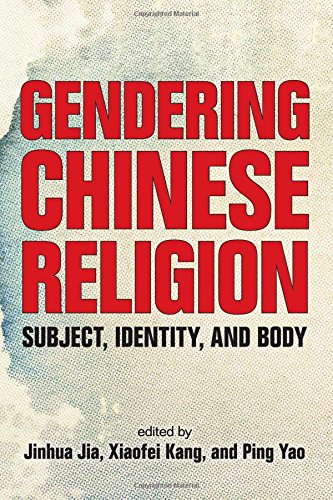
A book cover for Gendering Chinese Religion: Subject, Identity, and Body; Religion & Spirituality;